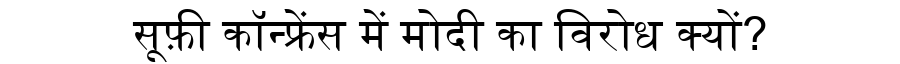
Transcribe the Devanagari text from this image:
सूफ़ी कॉन्फ्रेंस में मोदी का विरोध क्यों?